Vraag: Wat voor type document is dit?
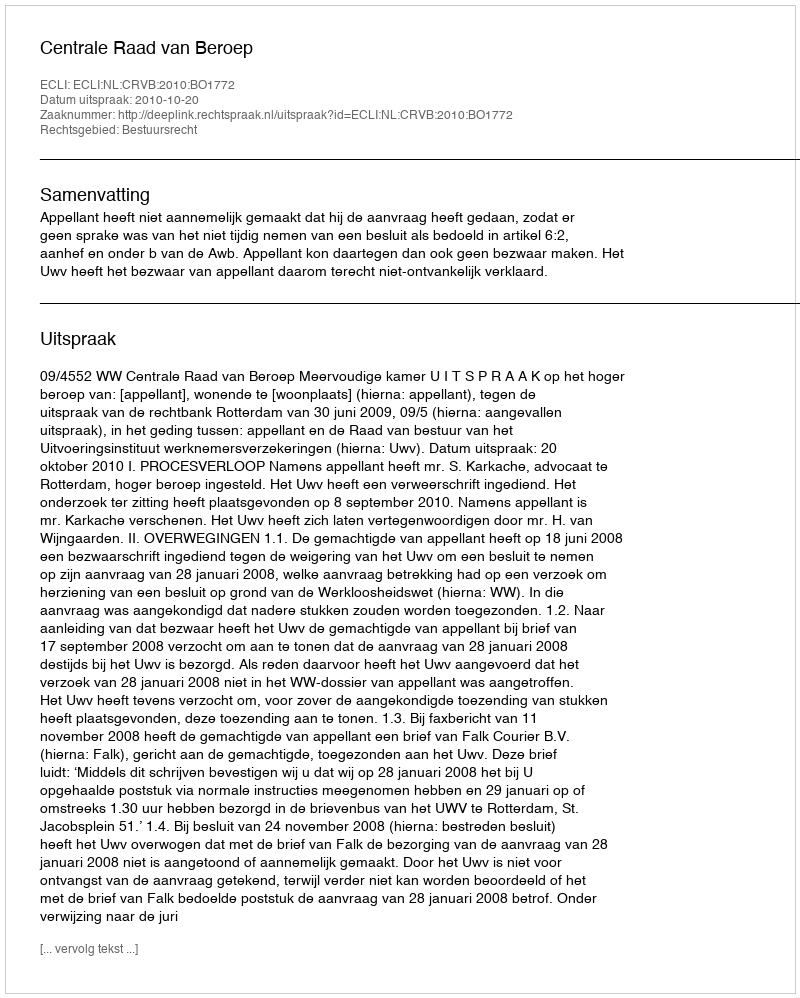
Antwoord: Uitspraak